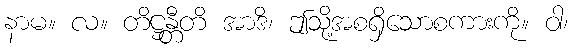
နာမ။ လ။ တိဋ္ဌန္တီတိ အာဒိ၊ ဤသို့အစရှိသောစကားကို။ ဝါ၊